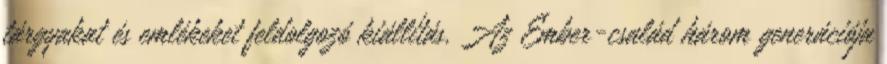
tárgyakat és emlékeket feldolgozó kiállítás. Az Ember-család három generációja